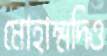
মোহাম্মদিও